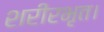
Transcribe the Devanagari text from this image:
शरीरभृत।